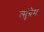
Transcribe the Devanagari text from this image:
त्सुंग्रेम